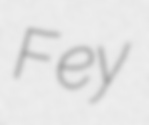
Fey